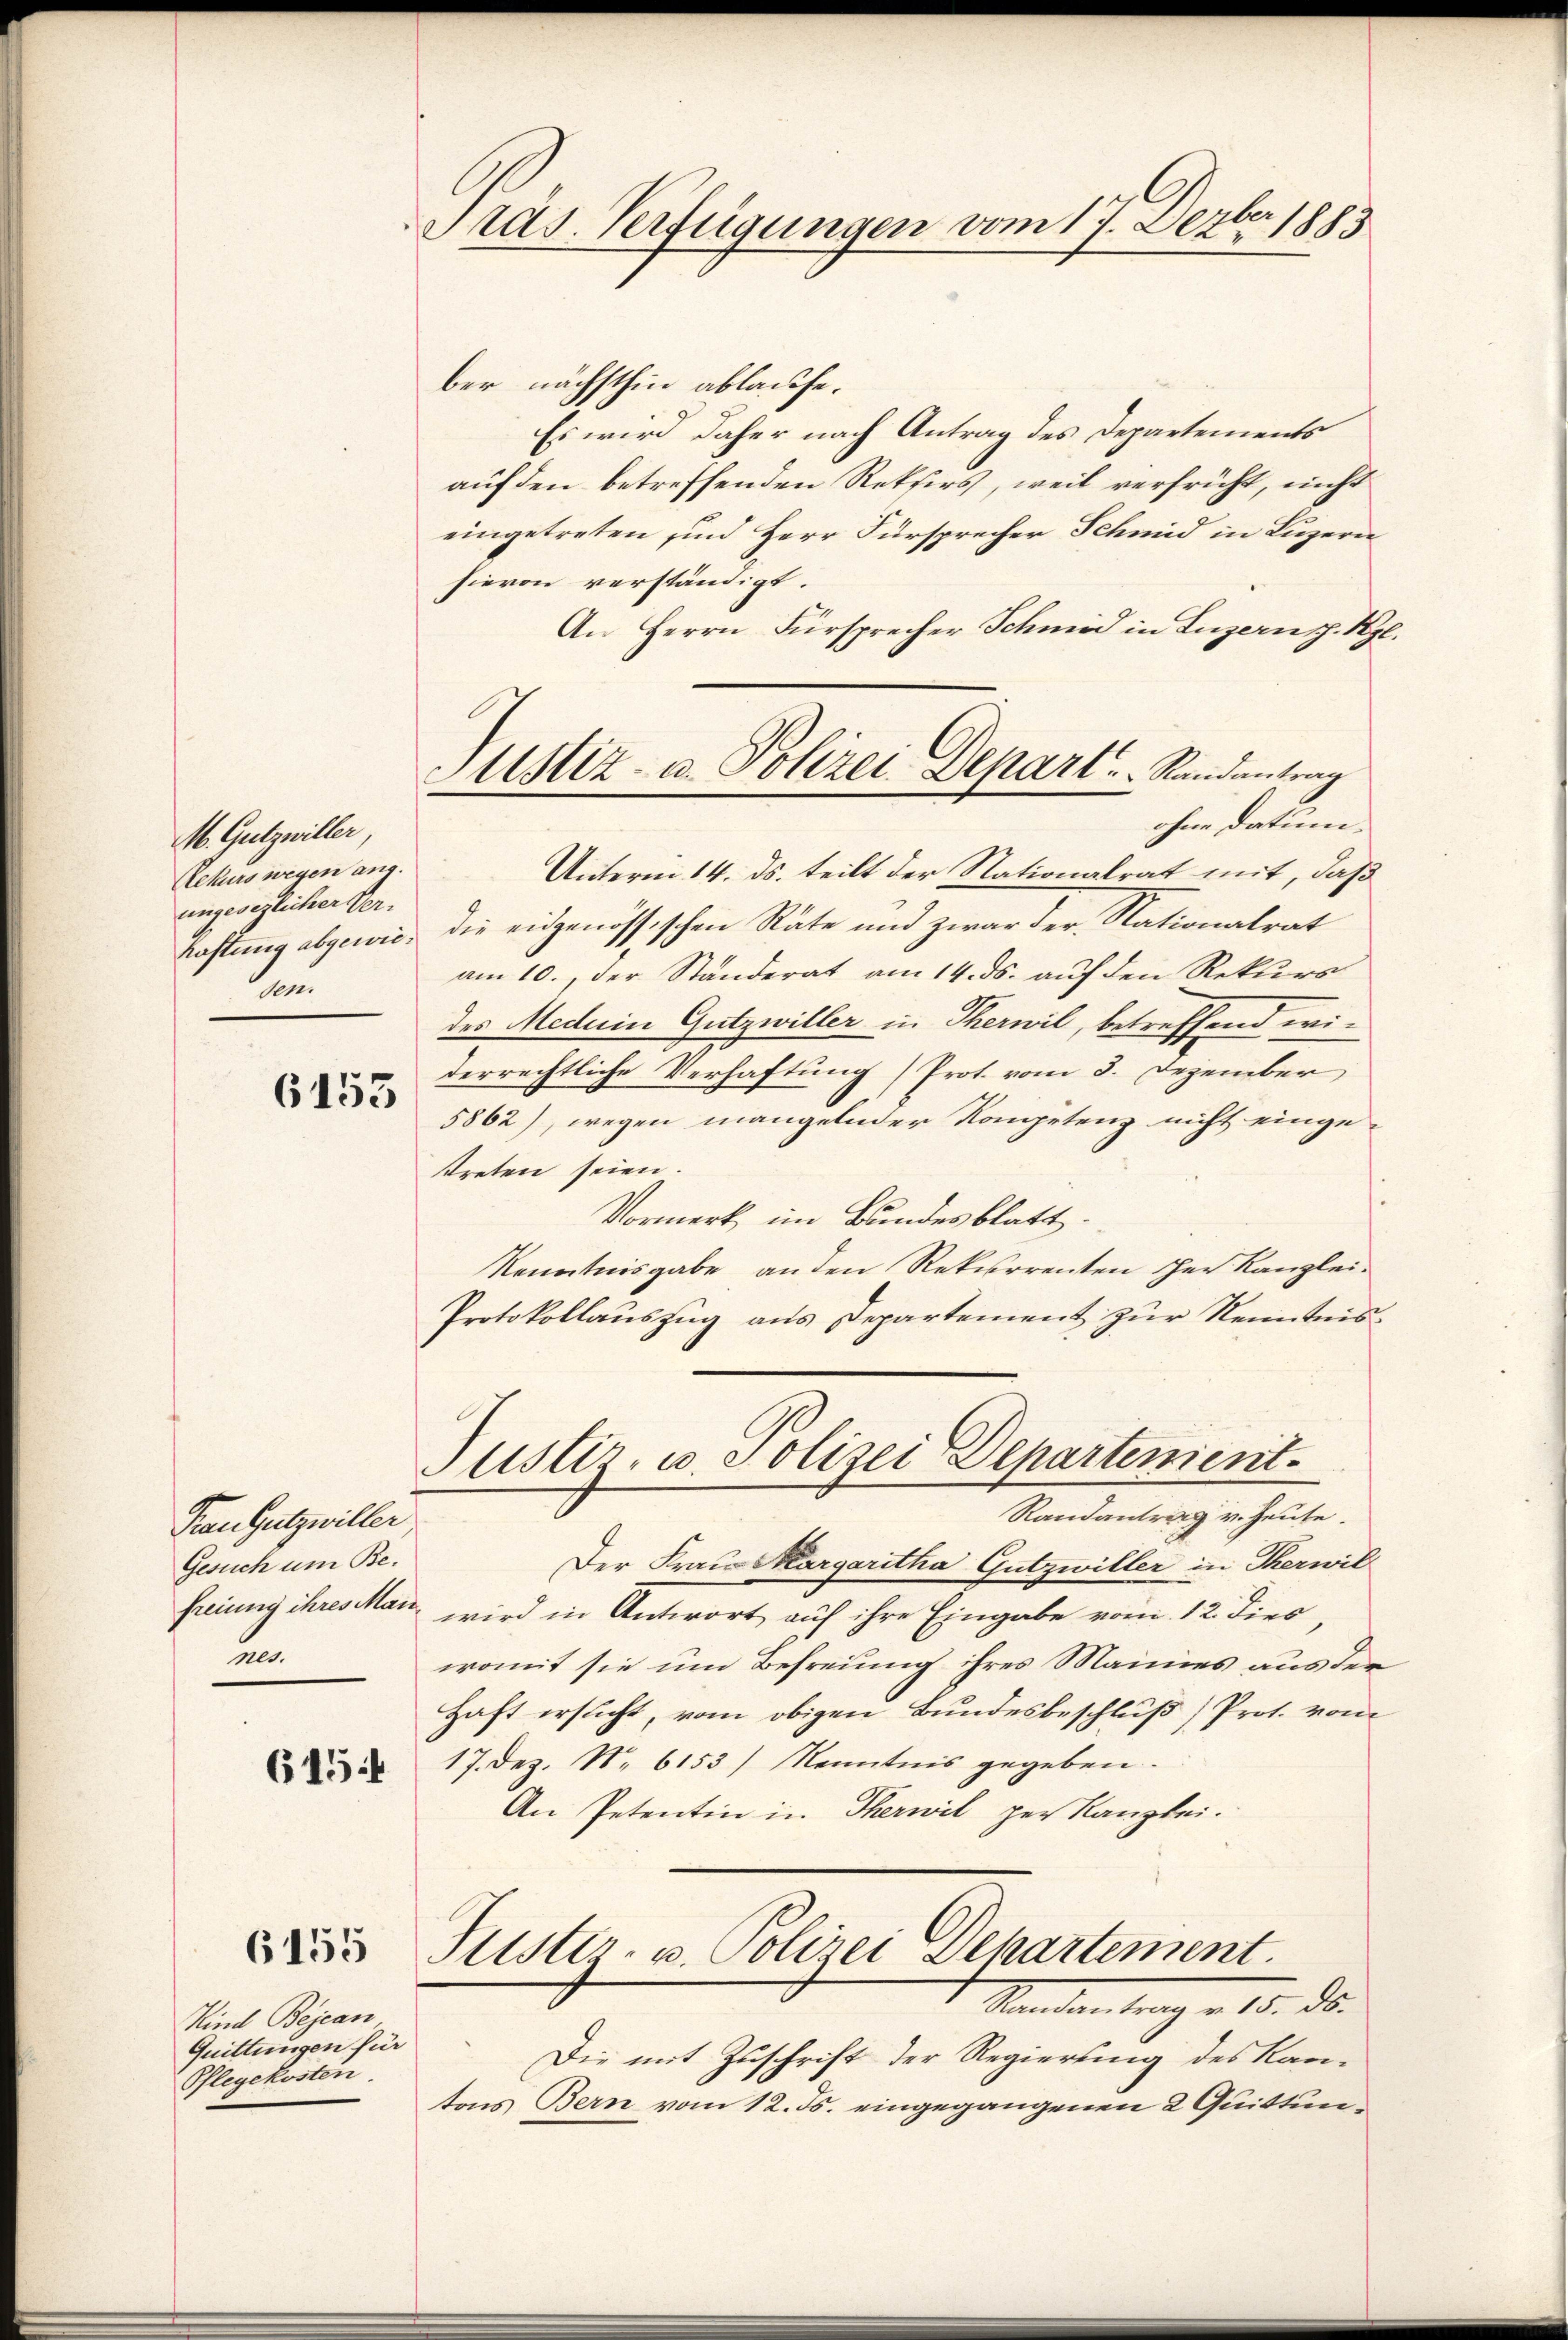
M. Gutzwiller
Aekurs wegen ang
ungesezlicher Verhaftung abgewien

6153

Frau Gutzwiller
Gesuch um Befreiung ihres Mann
nes.

615:

6155

Kind Bejean
Quittungen für
Pflegekosten

Präs. Verfügungen vom 17. Dezbr. 1883

stiz- u. Polizei Depart.   Randantrag
ohne Datum.

ber nächsthin ablaufe.
Es wird daher nach Antrag des Departements
auf den betreffenden Rekurs, weil verfrüht, nicht
eingetreten, und Herr Fürsprecher Schmid in Luzern
hievon verständigt.
An Herrn Fürsprecher Schmid in Luzernst. Reg
Unterm 14. ds. teilt der Nationalrat mit, daß
die eidgenössischen Räte und zwar der Nationalrat
am 10. der Ständerat am 14. ds. auf den Rekurs
des Medein Gutzwiller in Therwil, betreffend widerrechtliche Verhaftung (Prot. vom 3. Dezember
5862), wegen mangelnder Kompetenz nicht einge-
streten seien.
Vormerk im Bundesblatt.
Kenntnisgabe an den Rekurrenten der Kanzlei.
Protokollauszug aus Departement zur Kenntnis¬
Justiz- u. Polizei Departement.
Randantrag v. Heute.
Der Frau Margaritha Gutzwiller in Therwil
wird in Antwort auf ihre Eingabe vom 12. Divo
womit sie um Befreiung ihres Mainies aus der
Haft ersucht, vom obigen Bundesbeschluß) Prot. vom
17. Dez. No. 6153) Kenntnis gegeben.
An Petentin in Therwil per Kanzlei.
Justiz- u. Polizei Dekartement.
Randantrag v. 15. ds.
Die mit Zuschrift der Regierung des Kantons Bern vom 12. ds. eingegangenen 2 Quittun¬